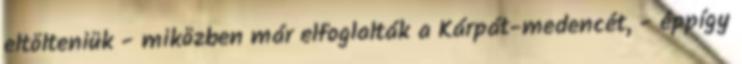
eltölteniük - miközben már elfoglalták a Kárpát-medencét, - éppígy